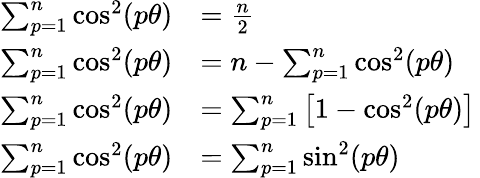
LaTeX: \begin{array}{rl}{\sum_{p=1}^{n}\cos^{2}(p\theta)}&{=\frac{n}{2}\, }\\ {\sum_{p=1}^{n}\cos^{2}(p\theta)}&{=n-\sum_{p=1}^{n}\cos^{2}(p\theta)\, }\\ {\sum_{p=1}^{n}\cos^{2}(p\theta)}&{=\sum_{p=1}^{n}\left[1-\cos^{2}(p\theta)\right]\, }\\ {\sum_{p=1}^{n}\cos^{2}(p\theta)}&{=\sum_{p=1}^{n}\sin^{2}(p\theta)\, }\end{array}